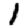
Digit: 1